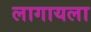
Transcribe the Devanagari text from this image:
लागायला